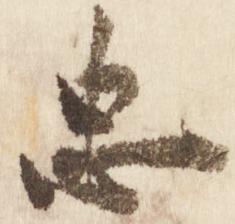
忠